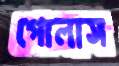
গোলাস